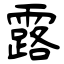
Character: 露